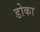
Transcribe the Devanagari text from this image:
डोका